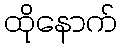
ထိုနောက်